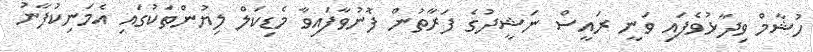
ހުޝާމް ވިދާޅުވެފައި ވަނީ ރައީސް ނަޝީދުގެ ފަރާތުން ފޮނުވާފައިވާ މެޑިކަލް ލިޔުންތަކުގައި އެމަނިކުފާނު